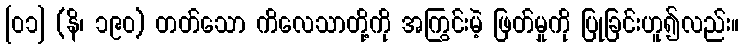
[၀၁] (နိ၊ ၁၉၀) တတ်သော ကိလေသာတို့ကို အကြွင်းမဲ့ ဖြတ်မှုကို ပြုခြင်းဟူ၍လည်း။